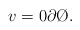
\begin{align*} v = 0\partial \O. \end{align*}